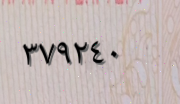
٣٧٩٢٤٠